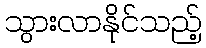
သွားလာနိုင်သည့်